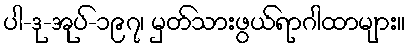
ပါ-ဒု-အုပ်-၁၉၇၊ မှတ်သားဖွယ်ရာဂါထာများ။